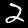
Digit: 2